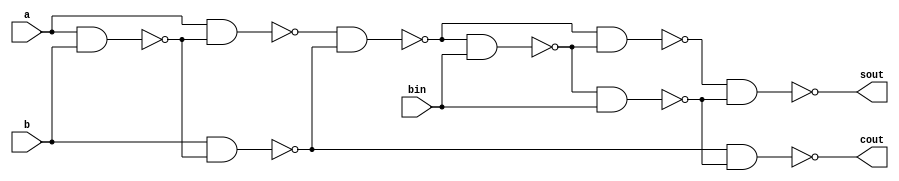
`timescale 1ns / 1ps

module fs_nand(
  input a, b, bin,
  output sout, cout
    );
    wire [6:0]w;
    nand n0(w[0], a, b);
    nand n1(w[1], a, w[0]);
    nand n2(w[2], b, w[0]);
    nand n3(w[3], w[1], w[2]);
    nand n4(w[4], w[3], bin);
    nand n5(w[5], w[3], w[4]);
    nand n6(w[6], w[4], bin);
    nand n7(sout, w[5], w[6]);
    nand n8(cout, w[2], w[6]);

endmodule